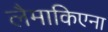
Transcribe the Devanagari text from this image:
लैमाकिएना